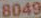
8049